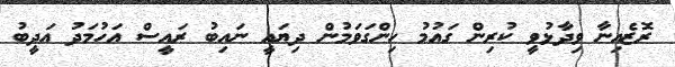
ރޮޒެއިނާ ވިދާޅުވީ ކުރިން ގައުމު ހިންގަވަމުން ދިޔައީ ނައިބު ރައީސް އަހުމަދު އަދީބު